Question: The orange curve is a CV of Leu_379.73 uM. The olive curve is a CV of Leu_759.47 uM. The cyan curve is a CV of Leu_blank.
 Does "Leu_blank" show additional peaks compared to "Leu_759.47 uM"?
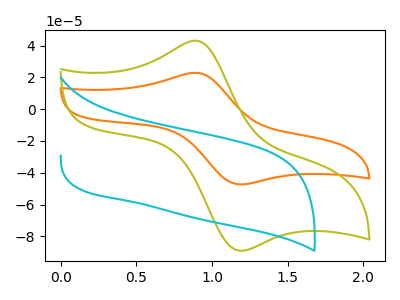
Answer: <think>The orange curve "Leu_379.73 uM" has an anodic peak at (0.90V, 22.90uA) and a cathodic peak at (1.20V, -47.30uA). The olive curve "Leu_759.47 uM" has an anodic peak at (0.90V, 43.10uA) and a cathodic peak at (1.20V, -89.05uA). The cyan curve "Leu_blank" has no peaks.
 "Leu_blank" and "Leu_759.47 uM" have a different number of peaks.</think>
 <answer>Yes, "Leu_blank" and "Leu_759.47 uM" are different in shape.</answer>
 <eval>yes_change</eval>